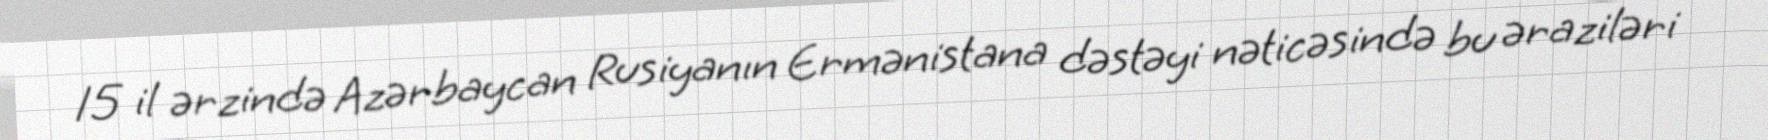
15 il ərzində Azərbaycan Rusiyanın Ermənistana dəstəyi nəticəsində bu əraziləri